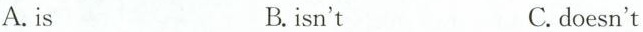
A.is B.isn't C.doesn't